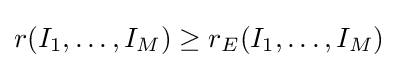
r(I_{1},\ldots ,I_{M})\geq r_{E}(I_{1},\ldots ,I_{M})